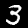
Digit: 3